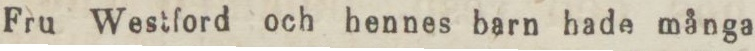
Fru Westford och hennes barn hade många